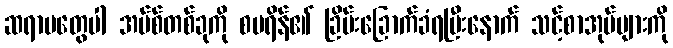
ဆရာမတွေပါ အပ်စ်တစ်ခုကို စပရိန်၏ ခြိမ်းခြောက်ခံရပြီးနောက် သင့်စာအုပ်များကို